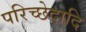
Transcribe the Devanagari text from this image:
परिच्छेदादि